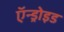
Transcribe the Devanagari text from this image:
ऍन्ड्रोइड